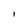
Character: 1